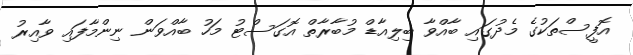
އޮފީސްތަކުގެ މެދުގައި ބާއްވާ ބިލިއާޑް މުބާރާތް އޮގަސްޓު މަހު ބާއްވަން ނިންމާފައި ވާއިރު